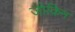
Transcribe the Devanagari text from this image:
जोक़िन